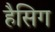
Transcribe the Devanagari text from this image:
हैसिग